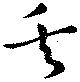
矢